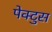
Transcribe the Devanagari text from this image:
पेक्टुस